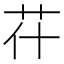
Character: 𦬯